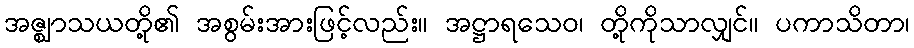
အဇ္ဈာသယတို့၏ အစွမ်းအားဖြင့်လည်း။ အဋ္ဌာရသေဝ၊ တို့ကိုသာလျှင်။ ပကာသိတာ၊